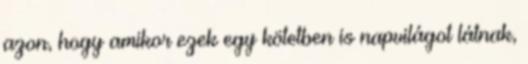
azon, hogy amikor ezek egy kötetben is napvilágot látnak,